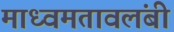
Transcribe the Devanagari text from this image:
माध्वमतावलंबी